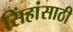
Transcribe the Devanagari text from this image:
सिंहांसाठी